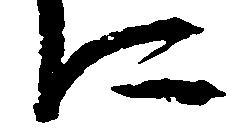
に